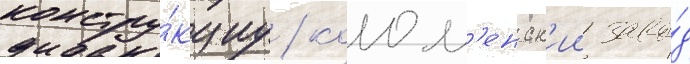
констру́кциу / колом'енск'ии заво́д